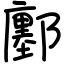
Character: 鄽